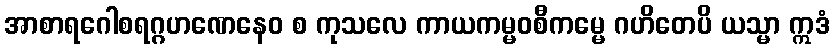
အာစာရဂေါစရဂ္ဂဟဏေနေဝ စ ကုသလေ ကာယကမ္မဝစီကမ္မေ ဂဟိတေပိ ယသ္မာ ဣဒံ